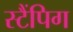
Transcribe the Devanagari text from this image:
स्टैंपिग